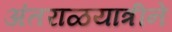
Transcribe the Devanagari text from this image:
अंतराळयात्रीने